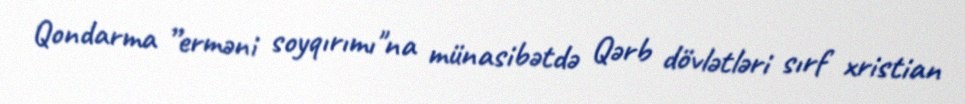
Qondarma ”erməni soyqırımı"na münasibətdə Qərb dövlətləri sırf xristian